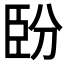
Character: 𦣡